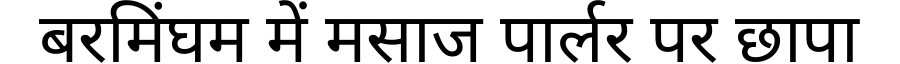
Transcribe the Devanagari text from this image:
बरमिंघम में मसाज पार्लर पर छापा